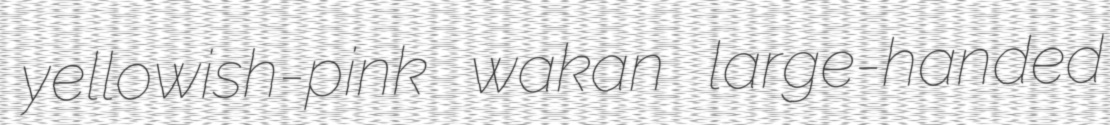
yellowish-pink wakan large-handed